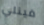
فينلي